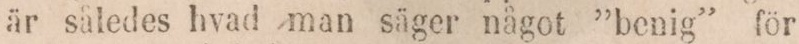
är således hvad man säger något ”benig” för